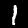
Label: 1